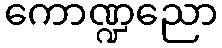
ကောဏ္ဍညော